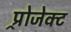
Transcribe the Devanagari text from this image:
प्र्रोजेक्ट